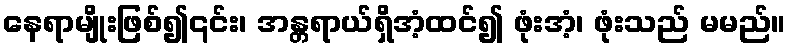
နေရာမျိုးဖြစ်၍၎င်း၊ အန္တရာယ်ရှိအံ့ထင်၍ ဖုံးအံ့၊ ဖုံးသည် မမည်။